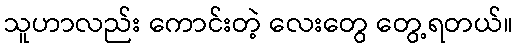
သူဟာလည်း ကောင်းတဲ့ လေးတွေ တွေ့ရတယ်။